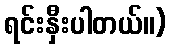
ရင်းနှီးပါတယ်။)